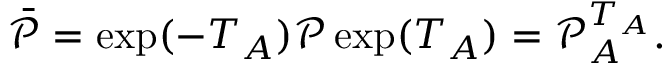
\begin{array} { r } { \bar { \mathcal { P } } = \exp ( - T _ { A } ) \mathcal { P } \exp ( T _ { A } ) = \mathcal { P } _ { A } ^ { T _ { A } } . } \end{array}